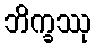
ဘိက္ခဿု